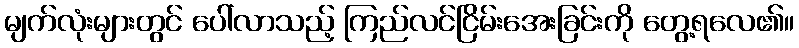
မျက်လုံးများတွင် ပေါ်လာသည့် ကြည်လင်ငြိမ်းအေးခြင်းကို တွေ့ရလေ၏။